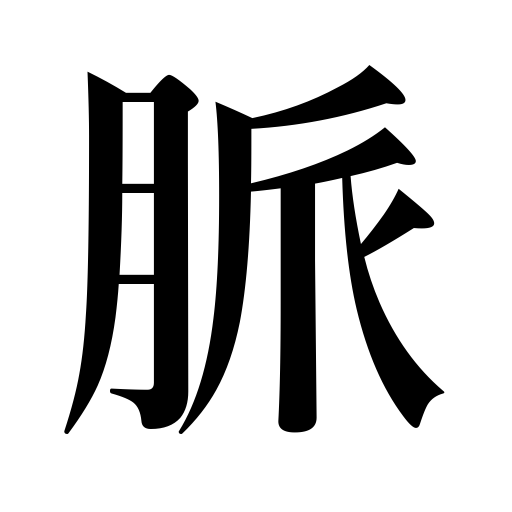
Meanings: pulsation,vein of ore,pulse,hope,blood vessel